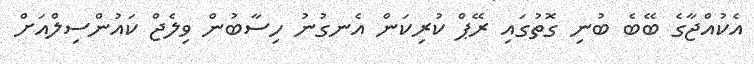
އެކުއްޖާގެ ބޭބެ ބުނި ގޮތުގައި ރޭޕް ކުރިކަން އެނގުނު ހިސާބުން ވިލެޖް ކައުންސިލްއަށް